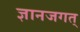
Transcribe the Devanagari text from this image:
ज्ञानजगत्‌